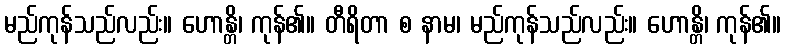
မည်ကုန်သည်လည်း။ ဟောန္တိ၊ ကုန်၏။ တီရိတာ စ နာမ၊ မည်ကုန်သည်လည်း။ ဟောန္တိ၊ ကုန်၏။